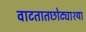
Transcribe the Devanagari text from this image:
वाटतातछोट्याश्या